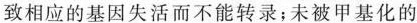
致相应的基因失活而不能转录；未被甲基化的